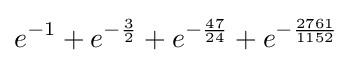
e^{-1}+e^{-{\frac {3}{2}}}+e^{-{\frac {47}{24}}}+e^{-{\frac {2761}{1152}}}